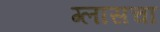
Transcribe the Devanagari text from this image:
ग्लासचा